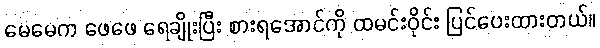
မေမေက ဖေဖေ ရေချိုးပြီး စားရအောင်ကို ထမင်းဝိုင်း ပြင်ပေးထားတယ်။